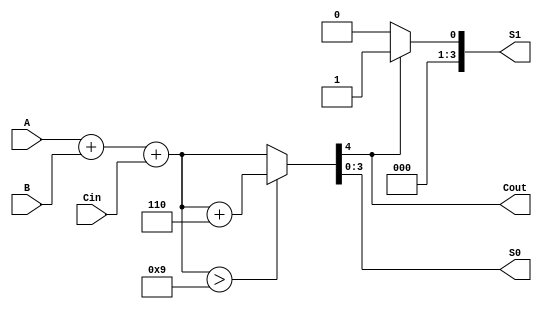
module BCD_Redundant_Binary_Adder (
    input  wire [3:0] A,       // BCD input A
    input  wire [3:0] B,       // BCD input B
    input  wire       Cin,      // Carry in
    output reg  [3:0] S0,       // Lower BCD digit output
    output reg  [3:0] S1,       // Higher BCD digit output
    output reg       Cout       // Carry out
);

    wire [4:0] sum;            // Intermediate sum (5 bits to accommodate carry)
    wire [4:0] corrected_sum;  // Corrected sum after BCD adjustment

    // Step 1: Perform binary addition
    assign sum = A + B + Cin;

    // Step 2: BCD Correction Logic
    always @(*) begin
        if (sum > 9) begin
            corrected_sum = sum + 5'b00110; // Adding 6 (0110 in binary)
        end else begin
            corrected_sum = sum;
        end

        // Step 3: Output assignment
        S0 = corrected_sum[3:0]; // Lower 4 bits for S0
        S1 = corrected_sum[4] ? 4'b0001 : 4'b0000; // Higher digit based on carry
        Cout = corrected_sum[4]; // Carry out if the 5th bit is set
    end

endmodule